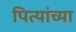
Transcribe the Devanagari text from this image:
पित्यांच्या